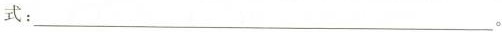
式:___。